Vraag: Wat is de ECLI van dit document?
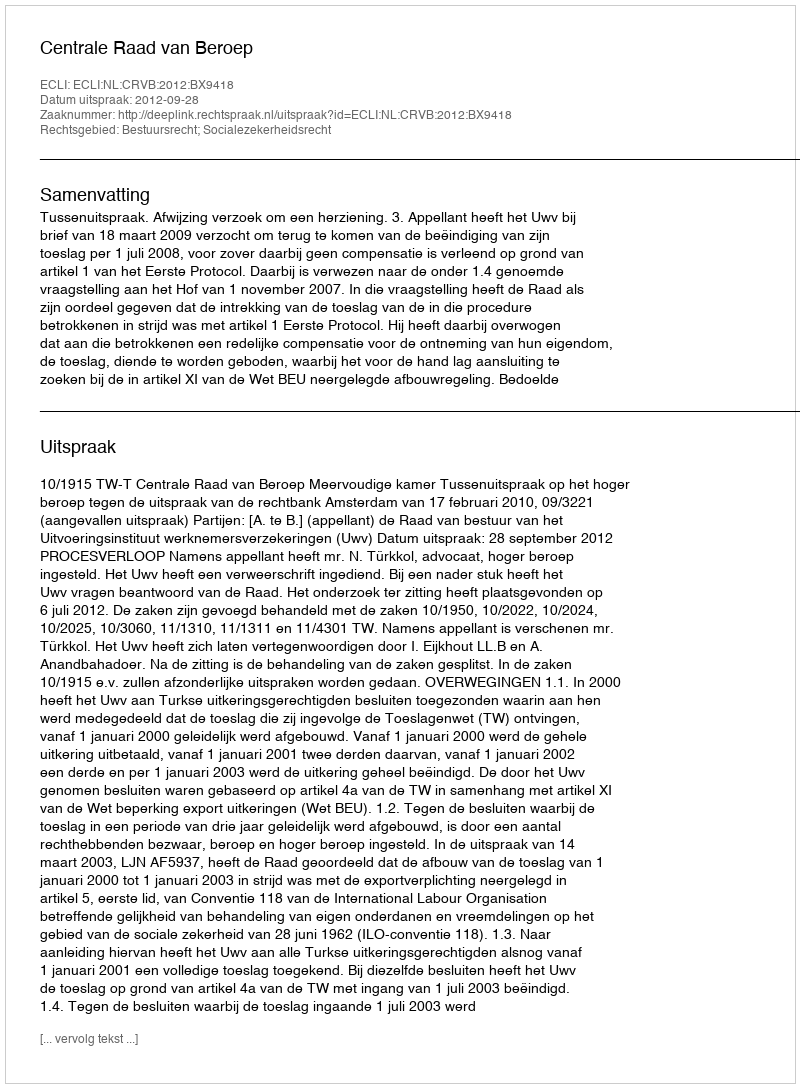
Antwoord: ECLI:NL:CRVB:2012:BX9418